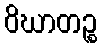
ဝိဃာတဉ္စ